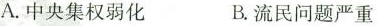
A.中央集权弱化 B.流民问题严重